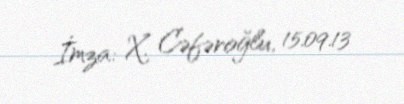
İmza: X. Cəfəroğlu, 15.09.13